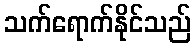
သက်ရောက်နိုင်သည်